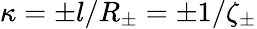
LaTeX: \kappa=\pm l/R_{\pm}=\pm 1/\zeta_{\pm}